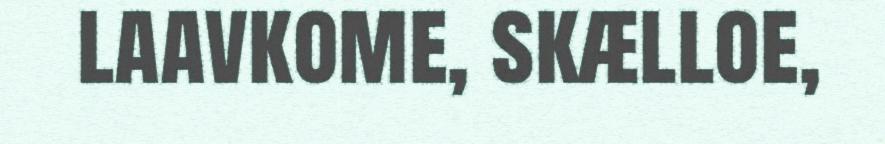
laavkome, skælloe,